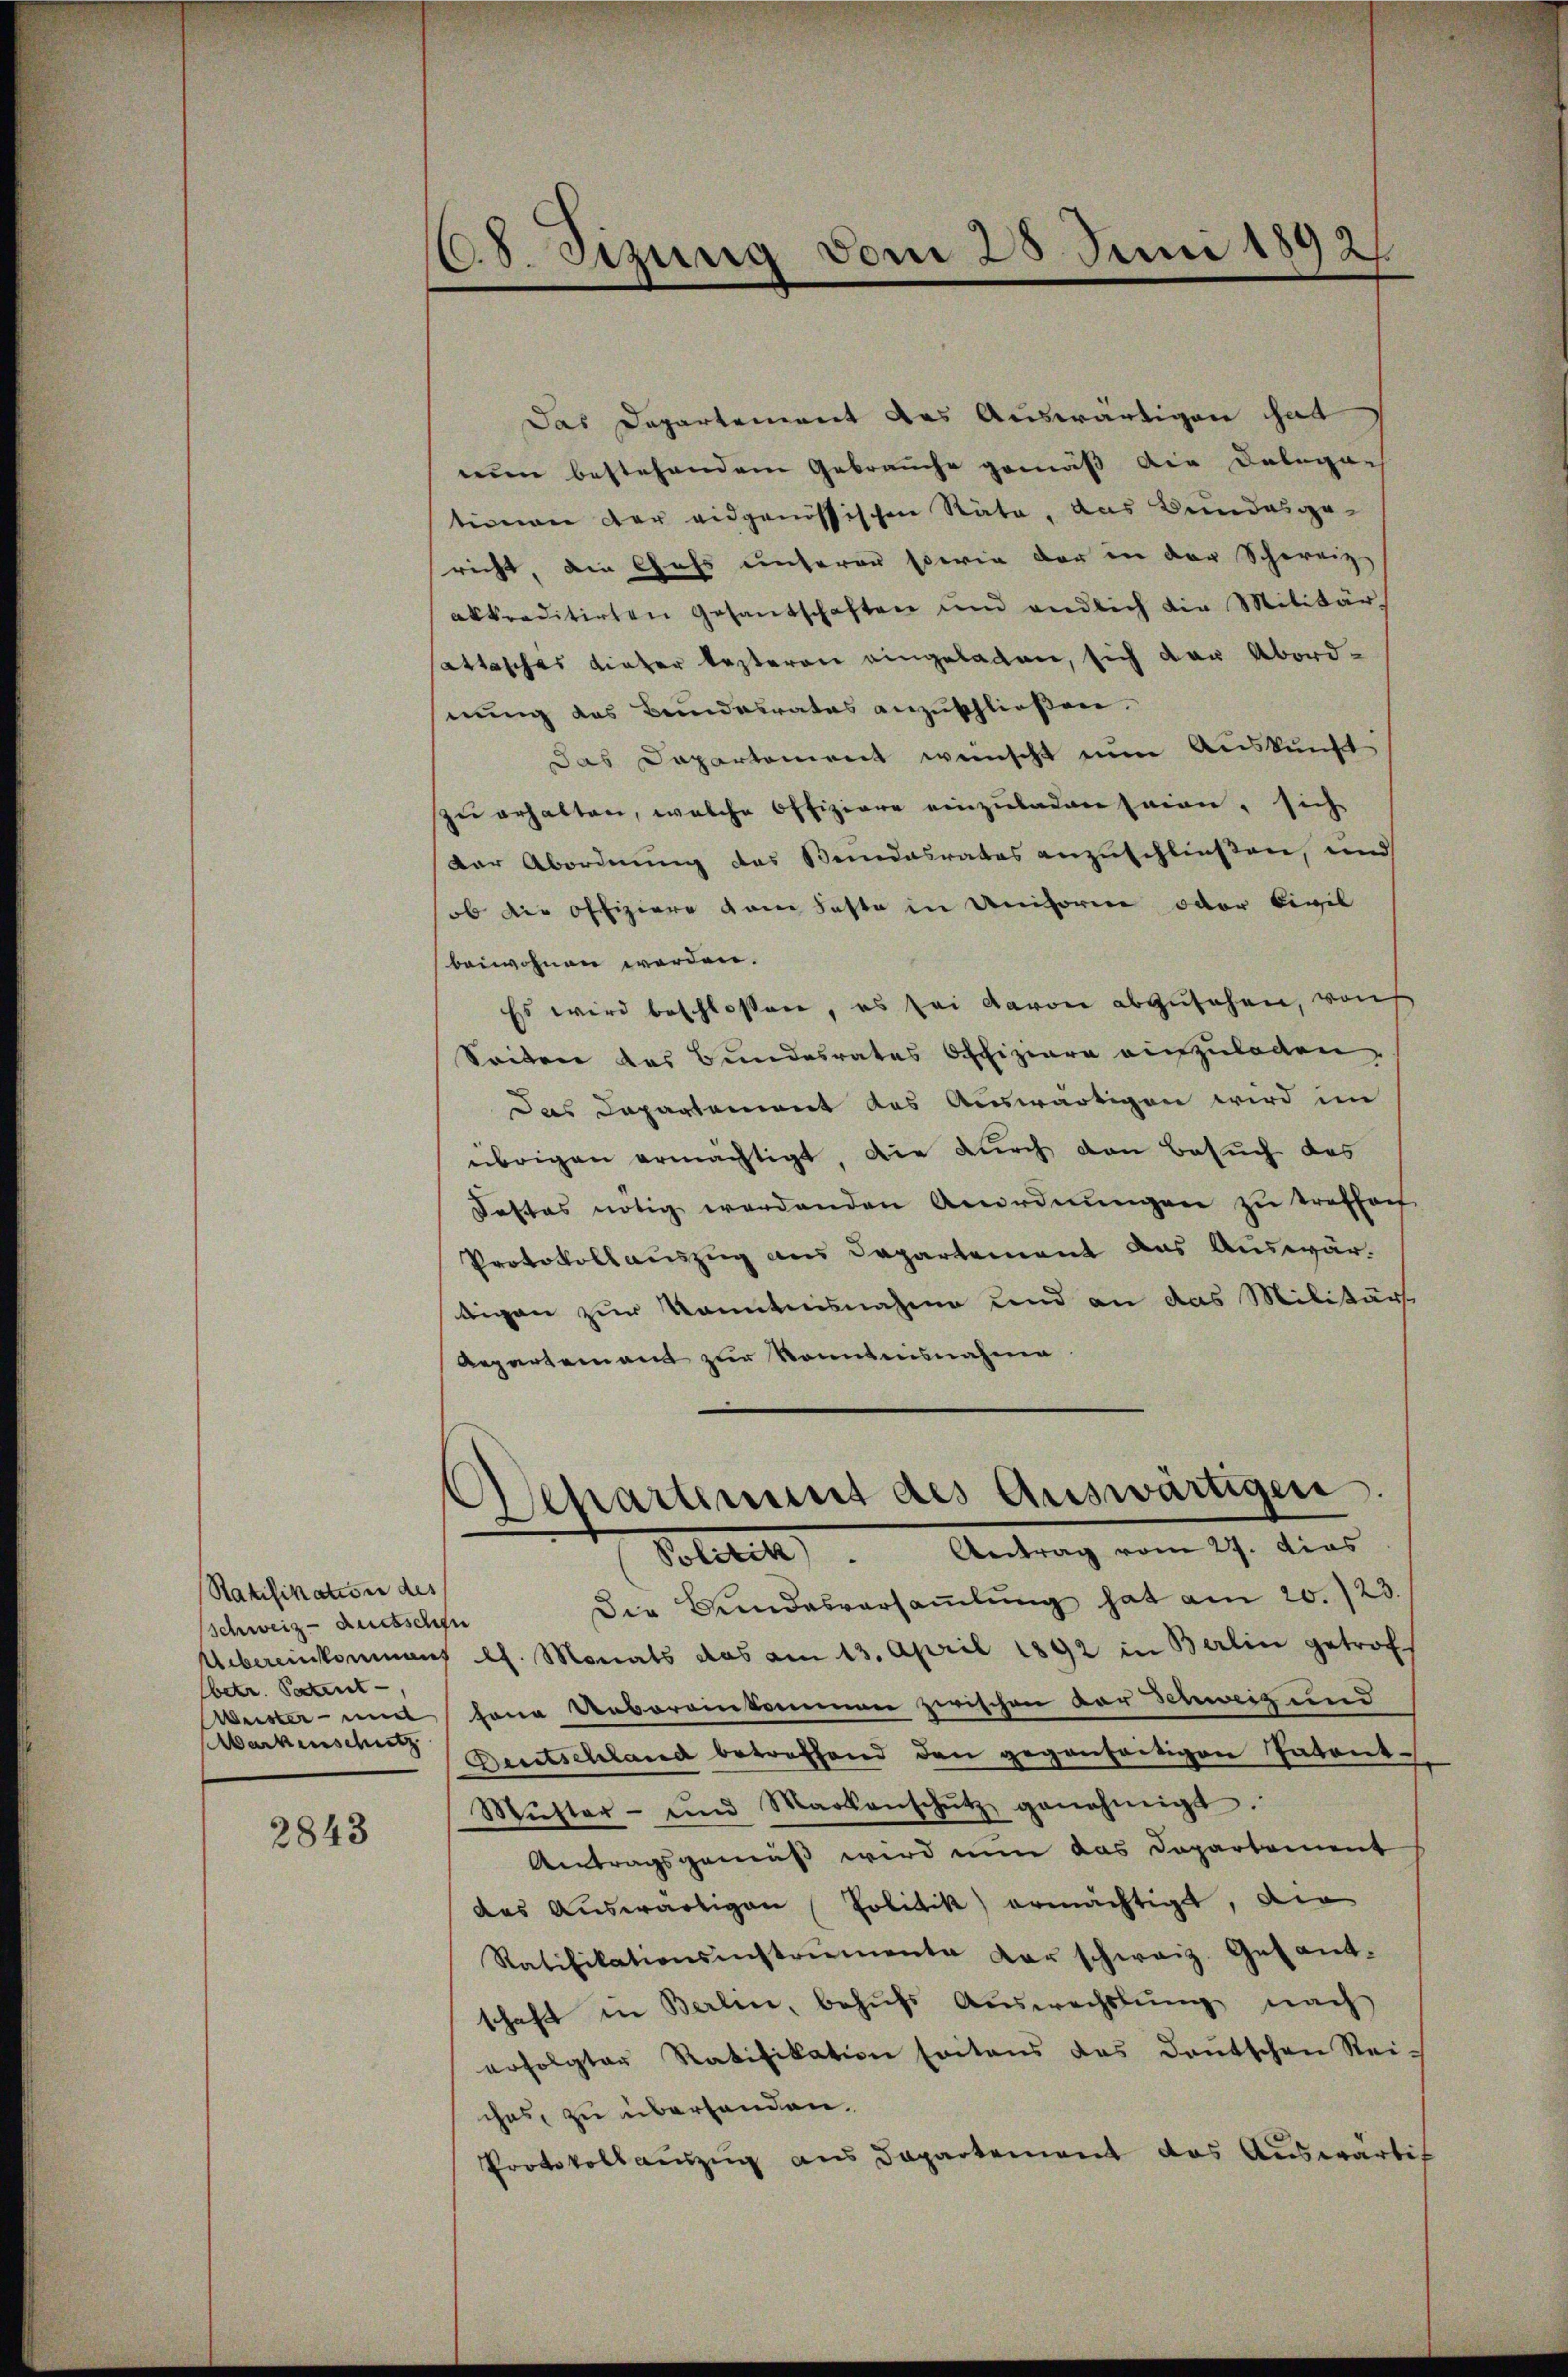
Ratifikation des
Schweiz - guetschen
Ebetr. Patent-
Weister und
Markenschutz

2843

¬
8. Szung vom 25. Juni 1892

Departement des Auswärtigen.

Das Departement des Auswärtigen hat
nun bestehendem Gebrauche gemäß die Delegar
tionen der eidgenössischen Räte, das Bundesgericht, die Chefs unserer sowie der in der Schereizakkreditirten Gesantschaften und endlich die Militär-
attasches bieter besteren eingeladen, sich der Abordnung des Bundesrates anzuschließen.
Das Departement weinscht eine Auskunft
zu erhalten, welche Offiziere einzuladen seien, sich
Der Abordnung des Bundesrates anzuschließen, und
ob die offiziere vom Feste in Uniforme oder Civil
beiwohnen werden.
Es wird beschlossen, es sei davon abzusehen, rauf
Seiten des Bundesrates Offiziare anzuladen,
Das Departement das Auswärtigen wird im
übrigen ermächtigt, die durch den Besuch des
Fastas nötig werdenden Anordnŭngen zŭ treffen
Protokollauszug aus Departement das Auswärtigen zur Kenntnisnahme und an das Militärs
Repartement zur konntnisnahme
Politik. Antrag vom 27. Das
Die Bundesversaṁlŭng hat am 20./23.
Uebereinkommen Ch. Monats das am 13. April 1892 in Berlin getrof
sene Uebereinkommen zwischen der Schweiz und
Deutschland betreffend den gegenseitigen Patent-
Mŭtter- und Markenschŭtz genehmigt.
Antragsgemäß wird nun das Departement
des Auswärtigen Politik ermächtigt, die
Ratifikationsinstrumente der schweiz. Gesant-
schaft in Berlin, behufs Auswechslung nach
erfolgter Ratifikation seitens des Deutschen Reiches, zu überhanden.
Protokollauszug aus Departement das Auswärtig